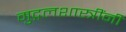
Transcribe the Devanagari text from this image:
मुद्गलशास्त्रींनी